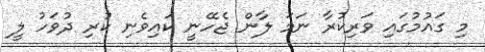
މި ގައުމުގައި ވަރިކުރާ ނަމަ ލާން ޖެހޭނީ ކައިވެނި ކުރި ދުވަހު ލީ